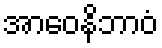
အာဝေနိဘာဝံ